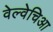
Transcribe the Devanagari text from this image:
वेल्वेचिआ